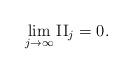
LaTeX: \begin{align*} \lim_{j\to\infty}\mathrm{II}_{j} = 0.\end{align*}